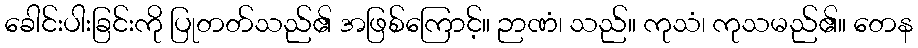
ခေါင်းပါးခြင်းကို ပြုတတ်သည်၏ အဖြစ်ကြောင့်။ ဉာဏံ၊ သည်။ ကုသံ၊ ကုသမည်၏။ တေန